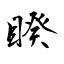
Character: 睽